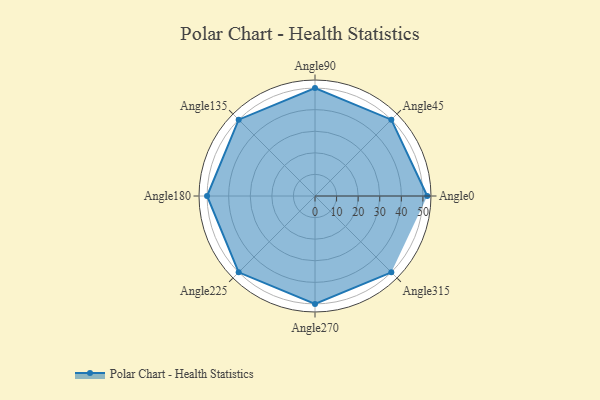
{"axis": {"x": "Angle", "y": "Radius"}, "legend": [""], "data": [{"x": "Angle0", "y": 52.0, "type": ""}, {"x": "Angle45", "y": 50, "type": ""}, {"x": "Angle90", "y": 50, "type": ""}, {"x": "Angle135", "y": 50, "type": ""}, {"x": "Angle180", "y": 50, "type": ""}, {"x": "Angle225", "y": 50, "type": ""}, {"x": "Angle270", "y": 50, "type": ""}, {"x": "Angle315", "y": 50, "type": ""}]}